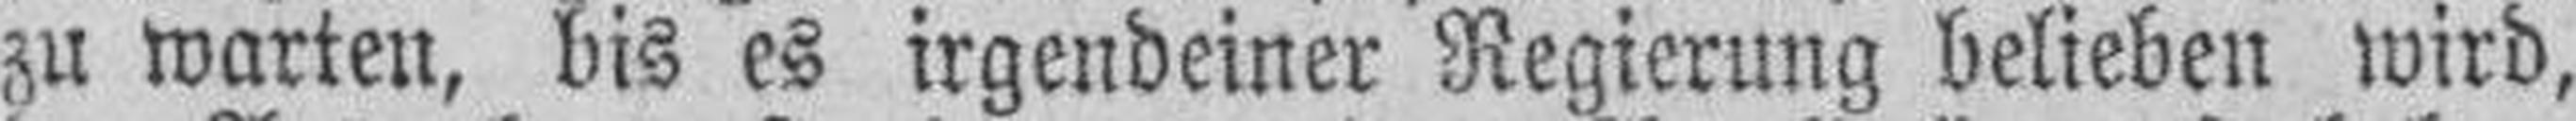
zu warten, bis es irgendeiner Regierung belieben wird,